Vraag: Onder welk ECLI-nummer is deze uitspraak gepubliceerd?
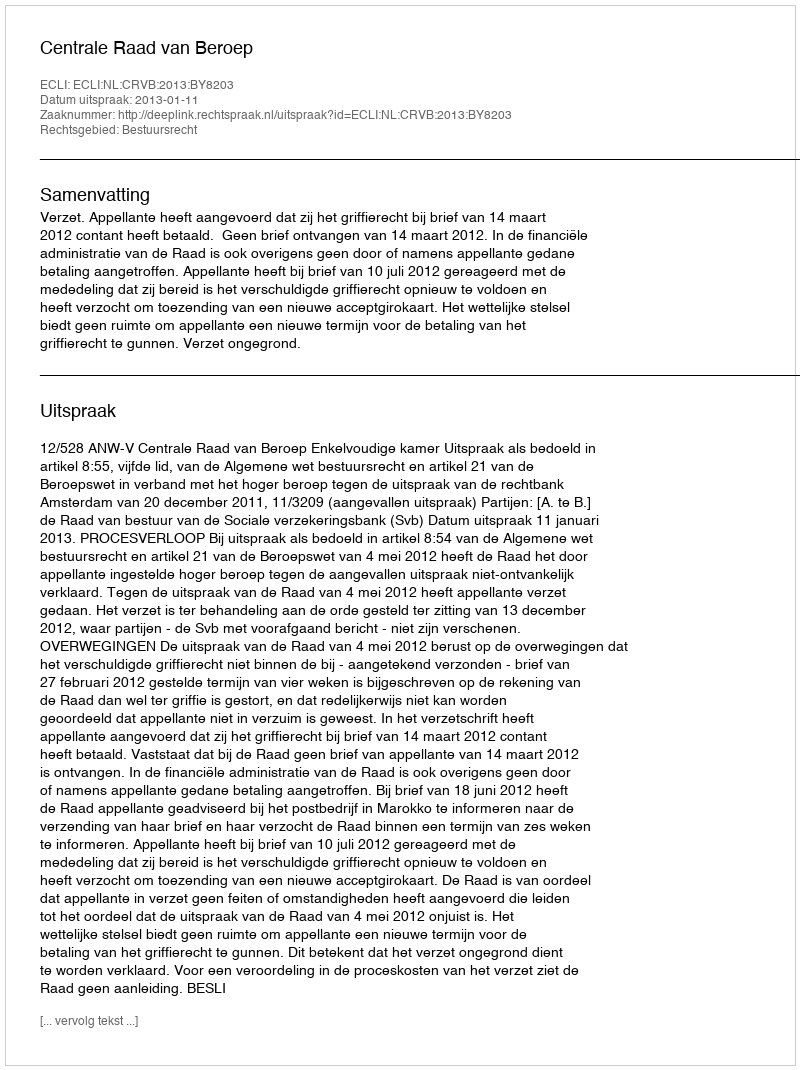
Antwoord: ECLI:NL:CRVB:2013:BY8203